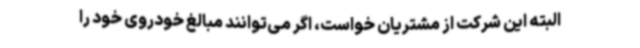
البته این شرکت از مشتریان خواست، اگر می‌توانند مبالغ خودروی خود را